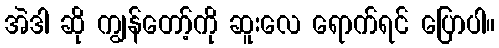
အဲဒါ ဆို ကျွန်တော့်ကို ဆူးလေ ရောက်ရင် ပြောပါ။